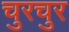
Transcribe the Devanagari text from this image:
चुरचुर